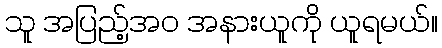
သူ အပြည့်အဝ အနားယူကို ယူရမယ်။